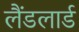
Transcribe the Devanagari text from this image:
लैंडलार्ड